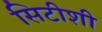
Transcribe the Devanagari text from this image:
सिटीशी